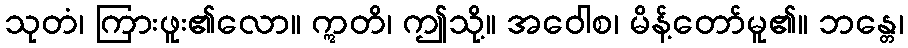
သုတံ၊ ကြားဖူး၏လော။ ဣတိ၊ ဤသို့။ အဝေါစ၊ မိန့်တော်မူ၏။ ဘန္တေ၊